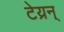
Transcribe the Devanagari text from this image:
टेय्रन्